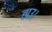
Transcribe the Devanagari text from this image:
हाउ।